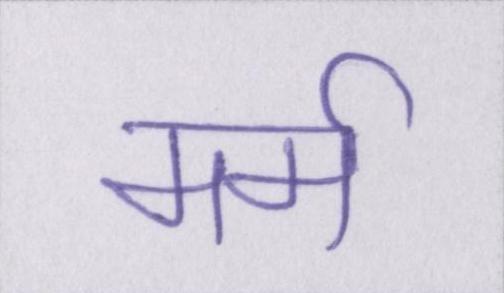
मर्म